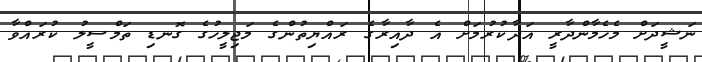
ނަޝީދަށް މެހެމާންދާރީ އަދާކުރުމަށް އެ ދާއިރާގެ ރައްޔިތުންގެ މަޖިލީހުގެ ގޮނޑި ތަމްސީލު ކުރައްވާ